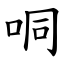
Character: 哃